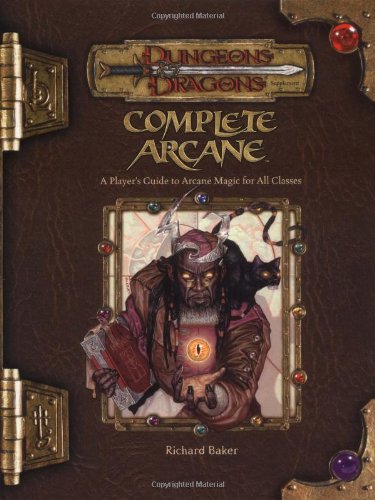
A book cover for Complete Arcane: A Player's Guide to Arcane Magic for all Classes (Dungeons & Dragons d20 3.5 Fantasy Roleplaying); Richard Baker; Science Fiction & Fantasy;